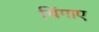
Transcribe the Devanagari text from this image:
चिंगाए